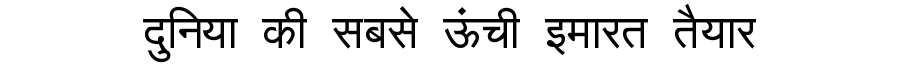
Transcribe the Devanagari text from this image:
दुनिया की सबसे ऊंची इमारत तैयार